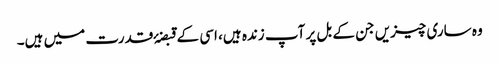
وہ ساری چیزیں جن کے بل پر آپ زندہ ہیں، اسی کے قبضۂ قدرت میں ہیں۔